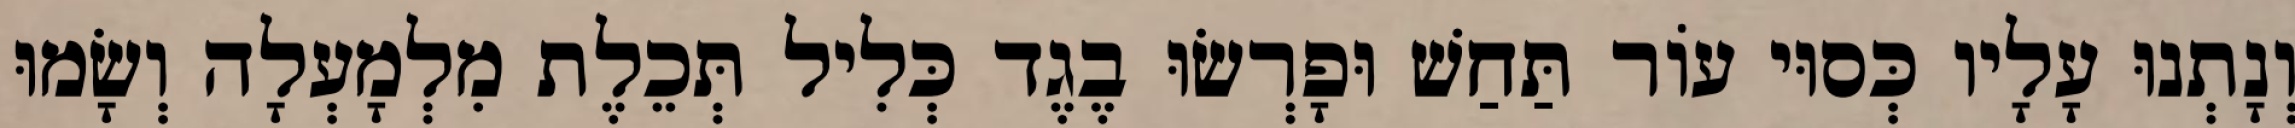
וְנָתְנוּ עָלָיו כְּסוּי עוֹר תַּחַשׁ וּפָרְשׂוּ בֶגֶד כְּלִיל תְּכֵלֶת מִלְמָעְלָה וְשָׂמוּ